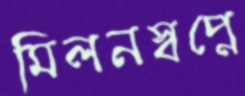
মিলনস্বপ্নে